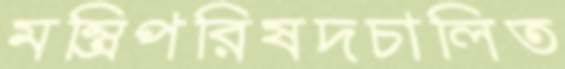
মন্ত্রিপরিষদচালিত